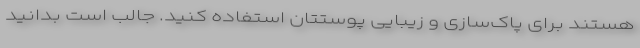
هستند برای پاک‌سازی و زیبایی پوستتان استفاده کنید. جالب است بدانید